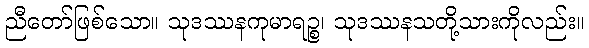
ညီတော်ဖြစ်သော။ သုဒဿနကုမာရဉ္စ၊ သုဒဿနသတို့သားကိုလည်း။